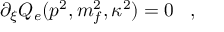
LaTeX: \partial _ { \xi } Q _ { e } ( p ^ { 2 } , m _ { f } ^ { 2 } , \kappa ^ { 2 } ) = 0 \; \; \; ,